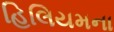
હિલિયમના